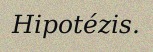
Hipotézis.